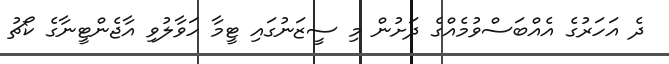
ދެ އަހަރުގެ އެއްބަސްވުމެއްގެ ދަށުން މި ސީޒަނުގައި ޓީމާ ހަވާލުވި އާޖެންޓީނާގެ ކޯޗު